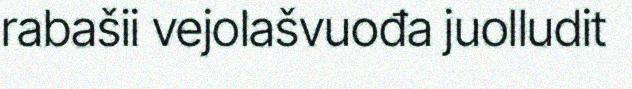
rabašii vejolašvuođa juolludit